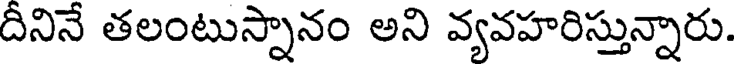
దీనినే తలంటుస్నానం అని వ్యవహరిస్తున్నారు.